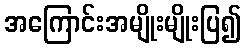
အကြောင်းအမျိုးမျိုးပြ၍